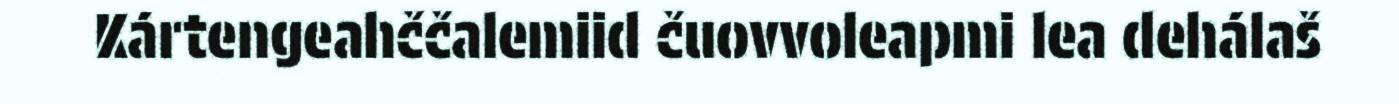
Kártengeahččalemiid čuovvoleapmi lea dehálaš